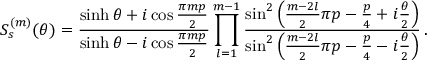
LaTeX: S _ { s } ^ { ( m ) } ( \theta ) = \frac { \sinh \theta + i \cos \frac { \pi m p } { 2 } } { \sinh \theta - i \cos \frac { \pi m p } { 2 } } \prod _ { l = 1 } ^ { m - 1 } \frac { \sin ^ { 2 } \left( \frac { m - 2 l } { 2 } \pi p - \frac { p } { 4 } + i \frac { \theta } { 2 } \right) } { \sin ^ { 2 } \left( \frac { m - 2 l } { 2 } \pi p - \frac { p } { 4 } - i \frac { \theta } { 2 } \right) } \, .